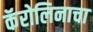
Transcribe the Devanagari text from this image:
कॅरोलिनाचा